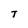
Character: T